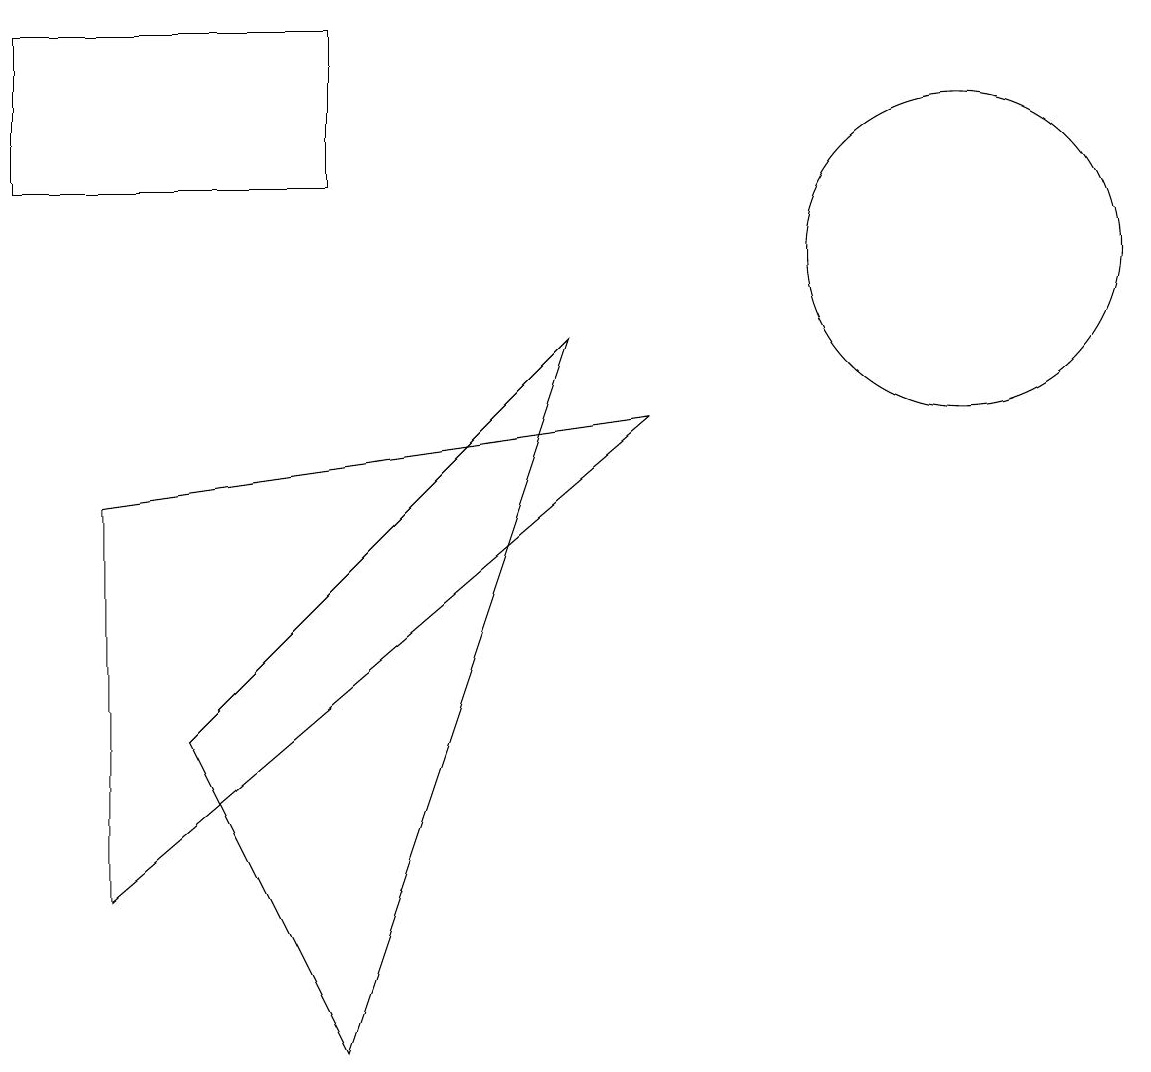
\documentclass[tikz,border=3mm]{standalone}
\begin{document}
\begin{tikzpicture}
\draw (4,11) rectangle (0,13);
\draw (1,7) -- (8,8) -- (1,2) -- cycle;
\draw (2,4) -- (4,0) -- (7,9) -- cycle;
\draw (12,10) circle (2);
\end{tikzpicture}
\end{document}